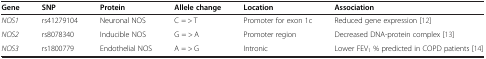
<table><thead><tr><td><b>Gene</b></td><td><b>SNP</b></td><td><b>Protein</b></td><td><b>Allele change</b></td><td><b>Location</b></td><td><b>Association</b></td></tr></thead><tbody><tr><td><i>NOS1</i></td><td>rs41279104</td><td>Neuronal NOS</td><td>C = &gt; T</td><td>Promoter for exon 1c</td><td>Reduced gene expression [12]</td></tr><tr><td><i>NOS2</i></td><td>rs8078340</td><td>Inducible NOS</td><td>G = &gt; A</td><td>Promoter region</td><td>Decreased DNA-protein complex [13]</td></tr><tr><td><i>NOS3</i></td><td>rs1800779</td><td>Endothelial NOS</td><td>A = &gt; G</td><td>Intronic</td><td>Lower FEV<sub>1 </sub>% predicted in COPD patients [14]</td></tr></tbody></table>